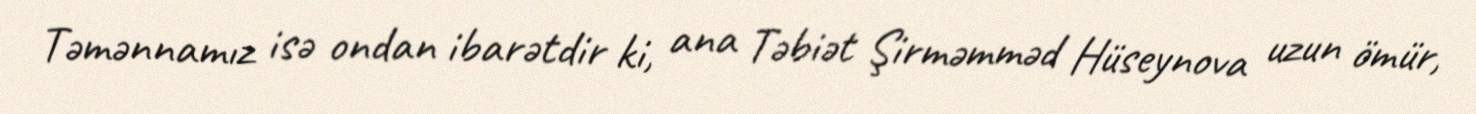
Təmənnamız isə ondan ibarətdir ki, ana Təbiət Şirməmməd Hüseynova uzun ömür,